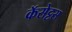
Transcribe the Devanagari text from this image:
कॅसेट्टस